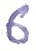
Text: 6